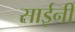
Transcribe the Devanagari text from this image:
साईनी